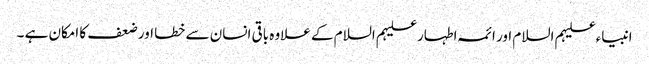
انبیاء علیہم السلام اور ائمہ اطہار علیہم السلام کے علاوہ باقی انسان سے خطا اور ضعف کا امکان ہے ۔